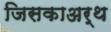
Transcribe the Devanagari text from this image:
जिसकाअर्थ